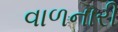
વાળનારી